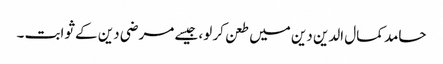
حامد کمال الدین دین میں طعن کر لو، جیسے مرضی دین کے ثوابت ۔